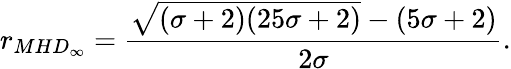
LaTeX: r_{MHD_{\infty}}=\frac{\sqrt{(\sigma+2)(25\sigma+2)}-(5\sigma+2)}{2\sigma}.